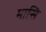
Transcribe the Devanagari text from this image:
मासि